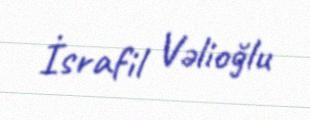
İsrafil Vəlioğlu